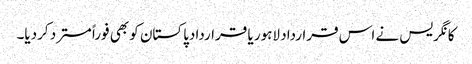
کانگریس نے اس قرارداد لاہور یا قراردادپاکستان کو بھی فوراً مسترد کردیا۔